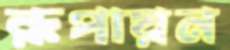
রূপায়ন